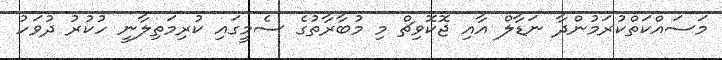
މަސައްކަތްކުރަމުންދާ ނަޑާލް އާއި ޖޮކޮވިޗް މި މުބާރާތުގެ ސެމީގައި ކުރިމަތިލާނީ ހުކުރު ދުވަހު